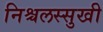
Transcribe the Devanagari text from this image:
निश्चलस्सुखी